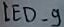
Text: LED_9